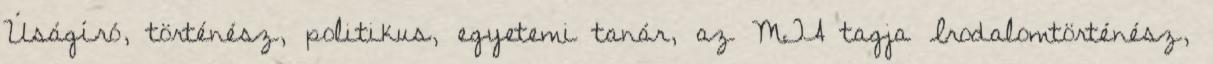
Úságíró, történész, politikus, egyetemi tanár, az MTA tagja Irodalomtörténész,